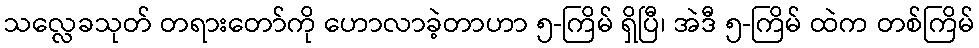
သလ္လေခသုတ် တရားတော်ကို ဟောလာခဲ့တာဟာ ၅-ကြိမ် ရှိပြီ၊ အဲဒီ ၅-ကြိမ် ထဲက တစ်ကြိမ်